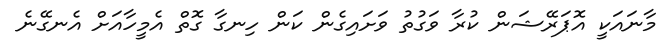
މާނައަކީ އޮޕަރޭޝަން ކުރާ ވަގުތު ވަށައިގެން ކަން ހިނގާ ގޮތް އެމީހާއަށް އެނގޭނެ